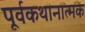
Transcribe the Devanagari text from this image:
पूर्वकथानात्मक